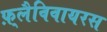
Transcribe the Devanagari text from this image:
फ़्लैविवायरस